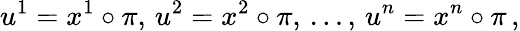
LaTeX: u^{1}=x^{1}\circ\pi,\, u^{2}=x^{2}\circ\pi,\, \dots,\, u^{n}=x^{n}\circ\pi\, ,